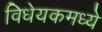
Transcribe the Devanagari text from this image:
विधेयकमध्ये